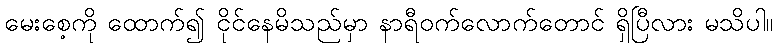
မေးစေ့ကို ထောက်၍ ငိုင်နေမိသည်မှာ နာရီဝက်လောက်တောင် ရှိပြီလား မသိပါ။